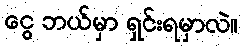
ငွေ ဘယ်မှာ ရှင်းရမှာလဲ။